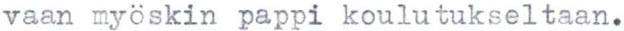
vaan myöskin pappi koulutukseltaan.